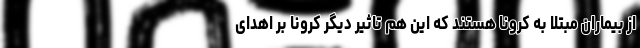
از بیماران مبتلا به کرونا هستند که این هم تاثیر دیگر کرونا بر اهدای